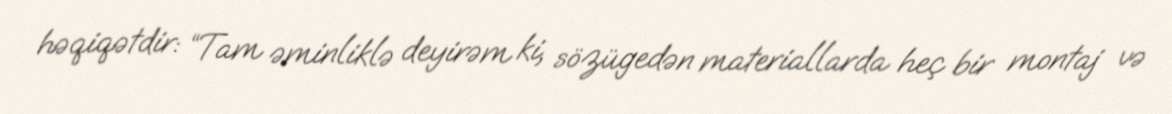
həqiqətdir: “Tam əminliklə deyirəm ki, sözügedən materiallarda heç bir montaj və